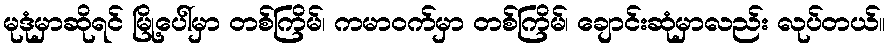
မုဒုံမှာဆိုရင် မြို့ပေါ်မှာ တစ်ကြိမ်၊ ကမာဝက်မှာ တစ်ကြိမ်၊ ချောင်းဆုံမှာလည်း လုပ်တယ်။